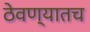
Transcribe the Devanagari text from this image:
ठेवण्यातच